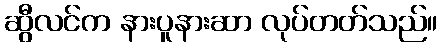
ဆွီလင်က နားပူနားဆာ လုပ်တတ်သည်။